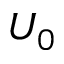
U _ { 0 }